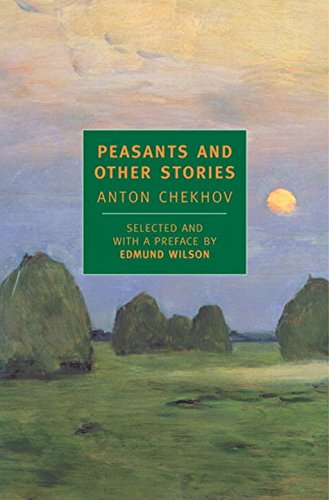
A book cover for Peasants and Other Stories (New York Review Books Classics); Anton Chekhov; Literature & Fiction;